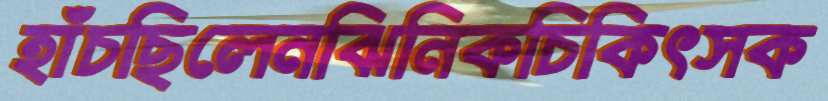
হাঁচছিলেনঝিনিকচিকিৎসক